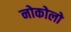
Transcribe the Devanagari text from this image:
नोकोलो